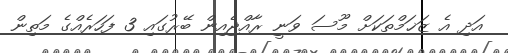
އަދި އެ ޒަޚަމްތަކަށް މޫސަ ވަނީ ރާއްޖެއިން ބޭރުގައި 3 ފަހަރެއްގެ މަތިން